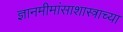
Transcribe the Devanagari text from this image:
ज्ञानमीमांसाशास्त्राच्या